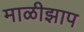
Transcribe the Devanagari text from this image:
माळीझाप